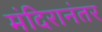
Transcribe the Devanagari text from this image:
मंदिरानंतर